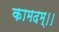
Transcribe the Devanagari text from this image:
कामदम्।।